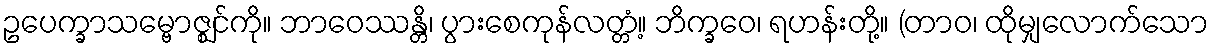
ဥပေက္ခာသမ္ဗောဇ္ဈင်ကို။ ဘာဝေဿန္တိ၊ ပွားစေကုန်လတ္တံ့။ ဘိက္ခဝေ၊ ရဟန်းတို့။ (တာဝ၊ ထိုမျှလောက်သော